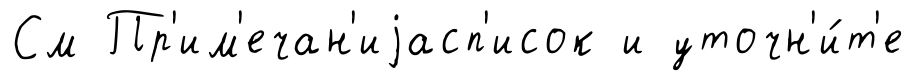
См Пр'им'ечан'иjасп'исок и уточн'и́т'е